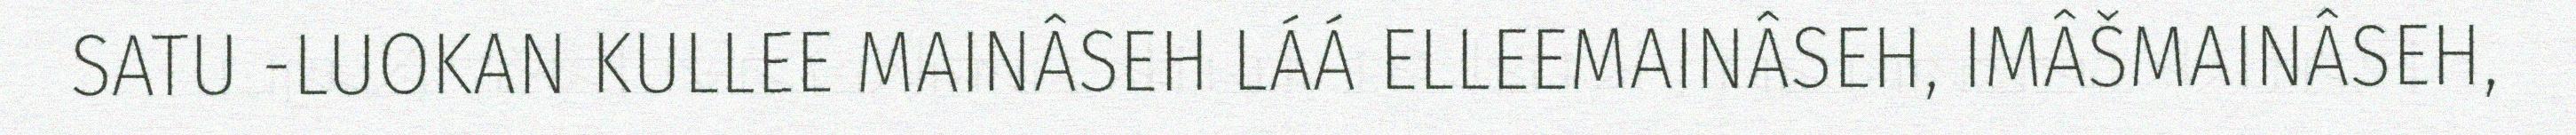
SATU -LUOKAN KULLEE MAINÂSEH LÁÁ ELLEEMAINÂSEH, IMÂŠMAINÂSEH,